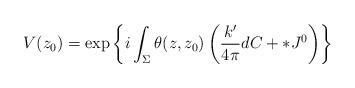
LaTeX: \begin{align*}V(z_0) = \exp\left\{ i\int_{\Sigma}\theta(z,z_0)\left(\frac{k'}{4\pi}dC+*J^0\right)\right\}\end{align*}